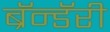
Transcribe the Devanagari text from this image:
ब्रॅन्डॅरी